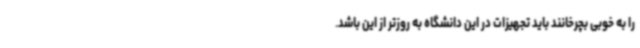
را به خوبی بچرخانند باید تجهیزات در این دانشگاه به روزتر از این باشد.